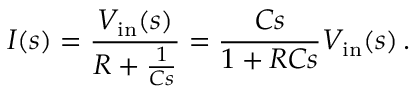
I ( s ) = { \frac { V _ { \mathrm { i n } } ( s ) } { R + { \frac { 1 } { C s } } } } = { \frac { C s } { 1 + R C s } } V _ { \mathrm { i n } } ( s ) \, .